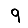
Digit: 9